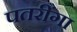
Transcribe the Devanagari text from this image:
पतरींगा